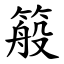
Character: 䈲